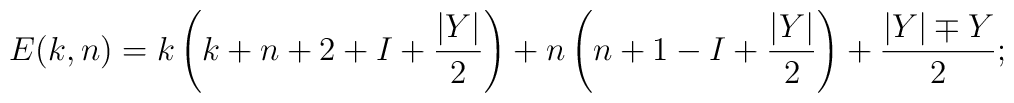
E(k,n)= k\left(k+n+2+I+{|Y|\over 2}\right) +n\left(n+1-I+{|Y|\over 2}\right)+{|Y|\mp Y\over 2};\nonumber \\